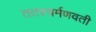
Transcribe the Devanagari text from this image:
ततश्चर्मणवती